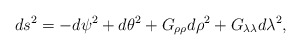
\begin{align*}ds^2=-d\psi ^2+d\theta ^2+G_{\rho \rho }d\rho ^2+G_{\lambda \lambda}d\lambda ^2,\end{align*}